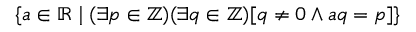
\{ a \in \mathbb { R } \mid ( \exists p \in \mathbb { Z } ) ( \exists q \in \mathbb { Z } ) [ q \not = 0 \land a q = p ] \}